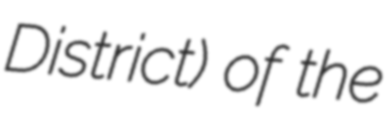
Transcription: District) of the